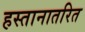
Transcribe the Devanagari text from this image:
हस्तानातरित